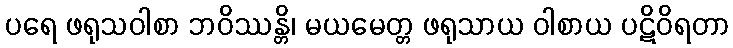
ပရေ ဖရုသဝါစာ ဘဝိဿန္တိ၊ မယမေတ္တ ဖရုသာယ ဝါစာယ ပဋိဝိရတာ